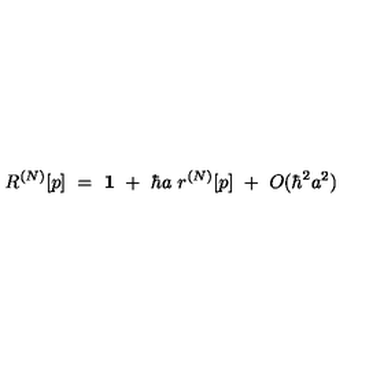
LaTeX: R ^ { ( N ) } [ p ] \ = \ { \bf 1 } \ + \ \hbar a \ r ^ { ( N ) } [ p ] \ + \ O ( \hbar ^ { 2 } a ^ { 2 } )